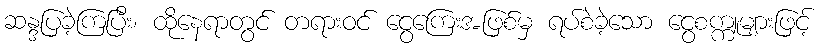
ဆန္ဒပြခဲ့ကြပြီး၊ ထိုနေရာတွင် တရားဝင် ငွေကြေးအဖြစ်မှ ရပ်စဲခဲ့သော ငွေစက္ကူများဖြင့်